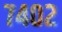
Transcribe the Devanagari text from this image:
७४०२